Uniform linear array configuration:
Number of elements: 4
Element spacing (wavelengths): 1
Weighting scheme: cosine
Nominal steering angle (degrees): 0
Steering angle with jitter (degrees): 1.608
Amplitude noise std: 0.05
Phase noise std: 0.05

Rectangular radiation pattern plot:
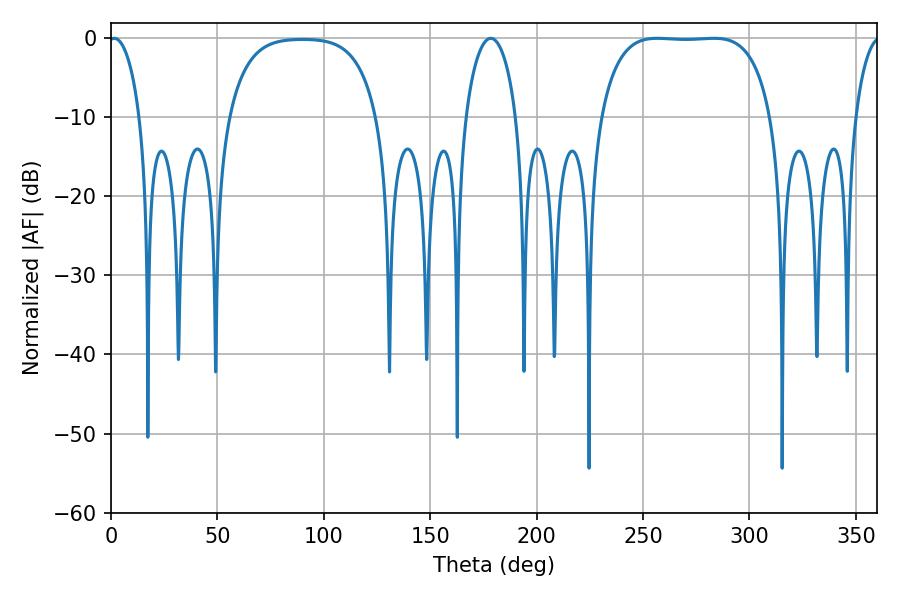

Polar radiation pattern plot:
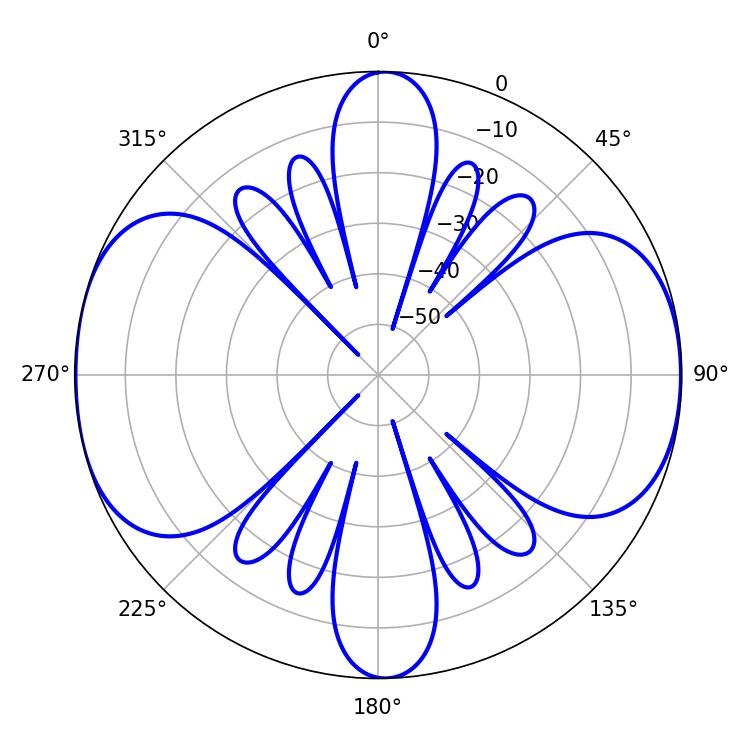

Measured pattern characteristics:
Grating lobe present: TRUE
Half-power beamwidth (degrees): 62.64
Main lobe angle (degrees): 256.68